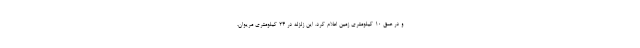
و در عمق ۱۰ کیلومتری زمین اعلام کرد. این زلزله در ۲۴ کیلومتری مریوان،